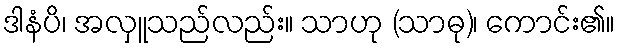
ဒါနံပိ၊ အလှူသည်လည်း။ သာဟု (သာဓု)၊ ကောင်း၏။